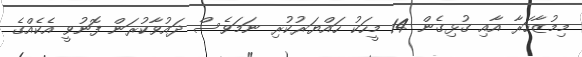
މިމުޒާހަރާ އާއި ގުޅިގެން 14 މީހަކު ހައްޔަރުކުރި ނަމަވެސް ދައުވާކުރަން ފޮނުވީ އެކެއްގެ